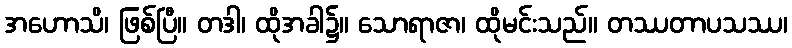
အဟောသိ၊ ဖြစ်ပြီ။ တဒါ၊ ထိုအခါ၌။ သောရာဇာ၊ ထိုမင်းသည်။ တဿတာပသဿ၊